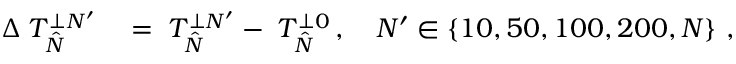
\begin{array} { r l } { \Delta \angles { T } _ { \hat { N } } ^ { \perp N ^ { \prime } } } & { { } = \angles { T } _ { \hat { N } } ^ { \perp N ^ { \prime } } - \angles { T } _ { \hat { N } } ^ { \perp 0 } \, , \quad N ^ { \prime } \in \left\{ 1 0 , 5 0 , 1 0 0 , 2 0 0 , N \right\} \, , } \end{array}